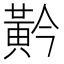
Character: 黅